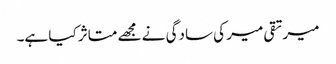
میرتقی میر کی سادگی نے مجھے متاثر کیا ہے۔